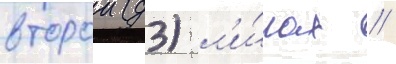
второи (д3) л'и́гах //